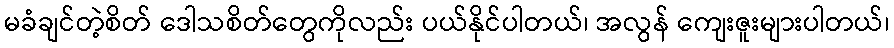
မခံချင်တဲ့စိတ် ဒေါသစိတ်တွေကိုလည်း ပယ်နိုင်ပါတယ်၊ အလွန် ကျေးဇူးများပါတယ်၊